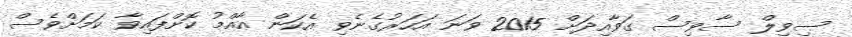
ސިވިލް ސާވިސް ގަވާއިދަށް 2015 ވަނަ އަހަރުގެނެވި އެކަން އާއްމު ކޮށްފައިވާ ކަމަށްވެސް